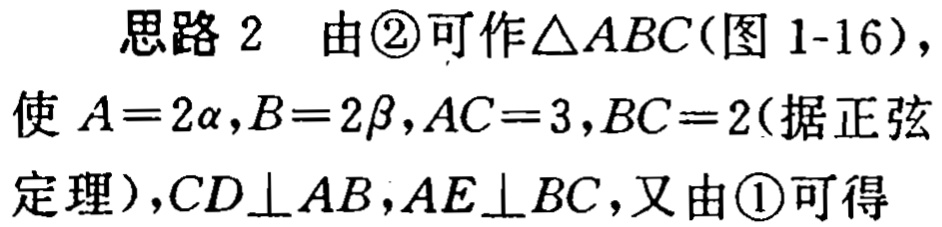
思路 2 由\textcircled{2}可作\(\triangle ABC\)(图 1-16)，使 \(A = 2\alpha,B = 2\beta,AC = 3,BC = 2\)(据正弦定理)，\(CD\perp AB,AE\perp BC\)，又由\textcircled{1}可得